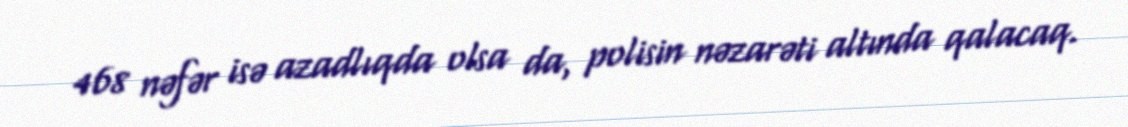
468 nəfər isə azadlıqda olsa da, polisin nəzarəti altında qalacaq.